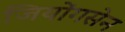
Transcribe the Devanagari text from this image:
जियोंगसेन